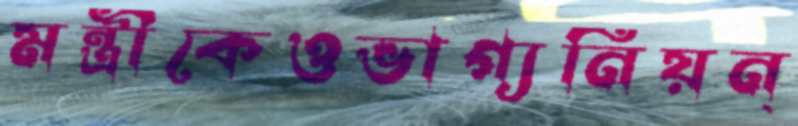
মন্ত্রীকেওভাগ্যনিয়ন্